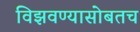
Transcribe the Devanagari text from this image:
विझवण्यासोबतच